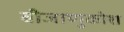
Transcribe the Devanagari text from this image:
बीजाणुकोश